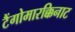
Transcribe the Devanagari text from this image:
टैंगोमारक्किनाट